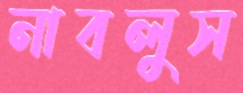
নাবলুস